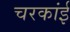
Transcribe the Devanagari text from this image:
चरकांई